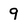
Character: 9